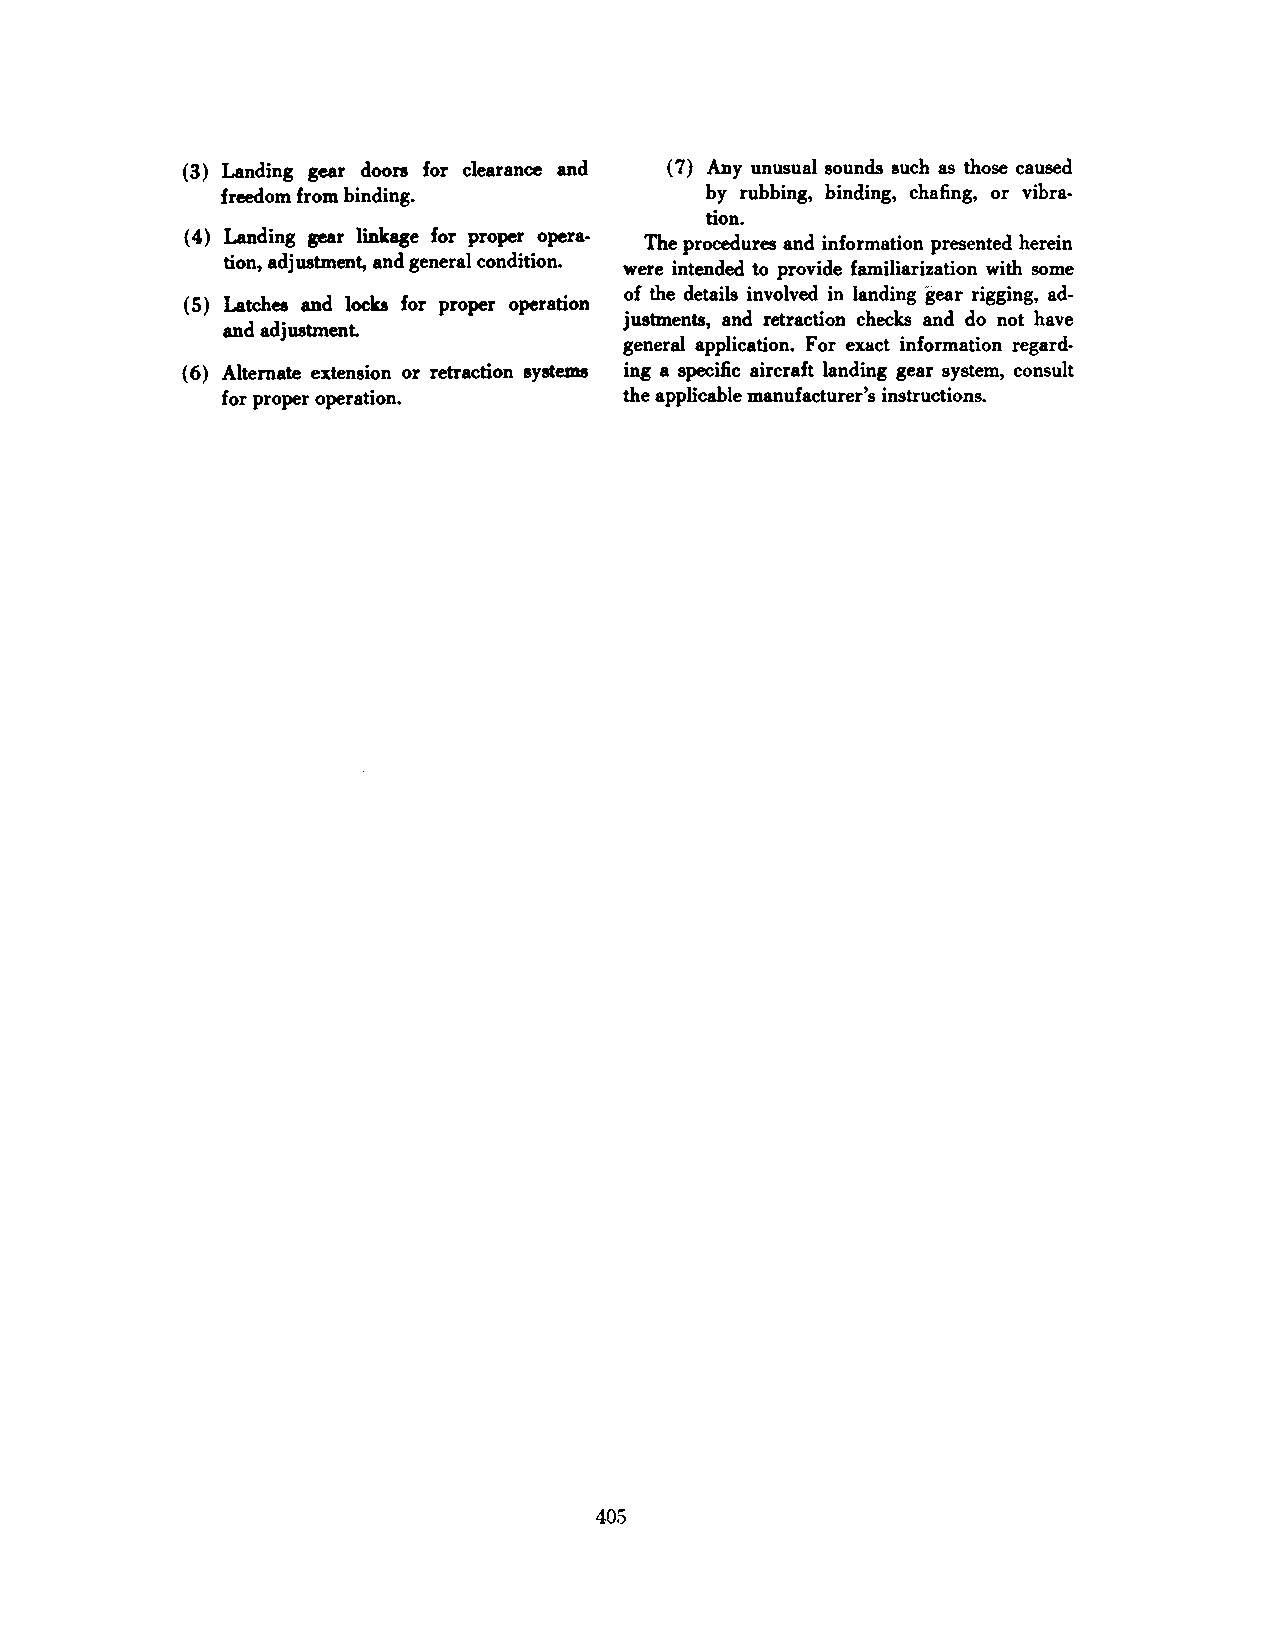
(3) Landing gear doors for clearance and (7) Any unusual sounds such as those caused
 freedom from binding.           by rubbing, binding, chafing, or vibra
 tion.
 ( 4) Landing gear linkage for proper opera
 The procedures and information presented herein
 tion, adjusbnent, and general condition.
 were intended to provide familiarization with some
 of the details involved in landing gear rigging, ad·
 ( 5) Latches and loeb for proper operation
 justments, and retraction checks and do not have
 and adjustment.
 general application. For exact information regard
 ( 6) Alternate extension or retraction systems ing a specific aircraft landing gear system, consult
 for proper operation.     the applicable manufacturer's instructions.
 405